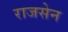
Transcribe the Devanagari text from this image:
राजसेन